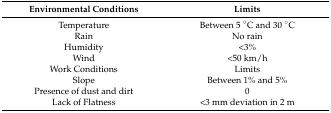
| Environmental Conditions | Limits |
 | --- | --- |
 | Temperature | Between 5 °C and 30 °C |
 | Rain | No rain |
 | Humidity | <3% |
 | Wind | <50 km/h |
 | Work Conditions | Limits |
 | Slope | Between 1% and 5% |
 | Presence of dust and dirt | 0 |
 | Lack of Flatness | <3 mm deviation in 2 m |